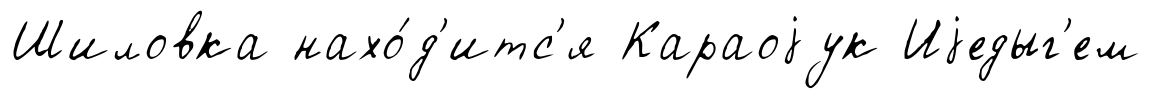
Шиловка нахо́д'итс'я Караоjук Иjедыг'ем